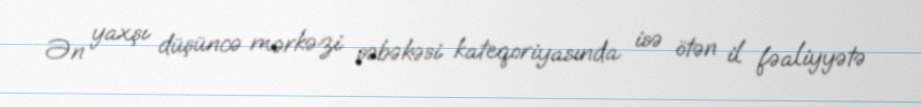
Ən yaxşı düşüncə mərkəzi şəbəkəsi kateqoriyasında isə ötən il fəaliyyətə